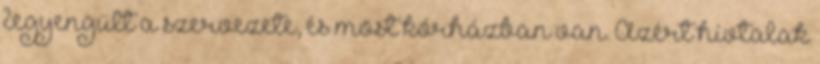
legyengült a szervezete, és most kórházban van. Azért hívtalak